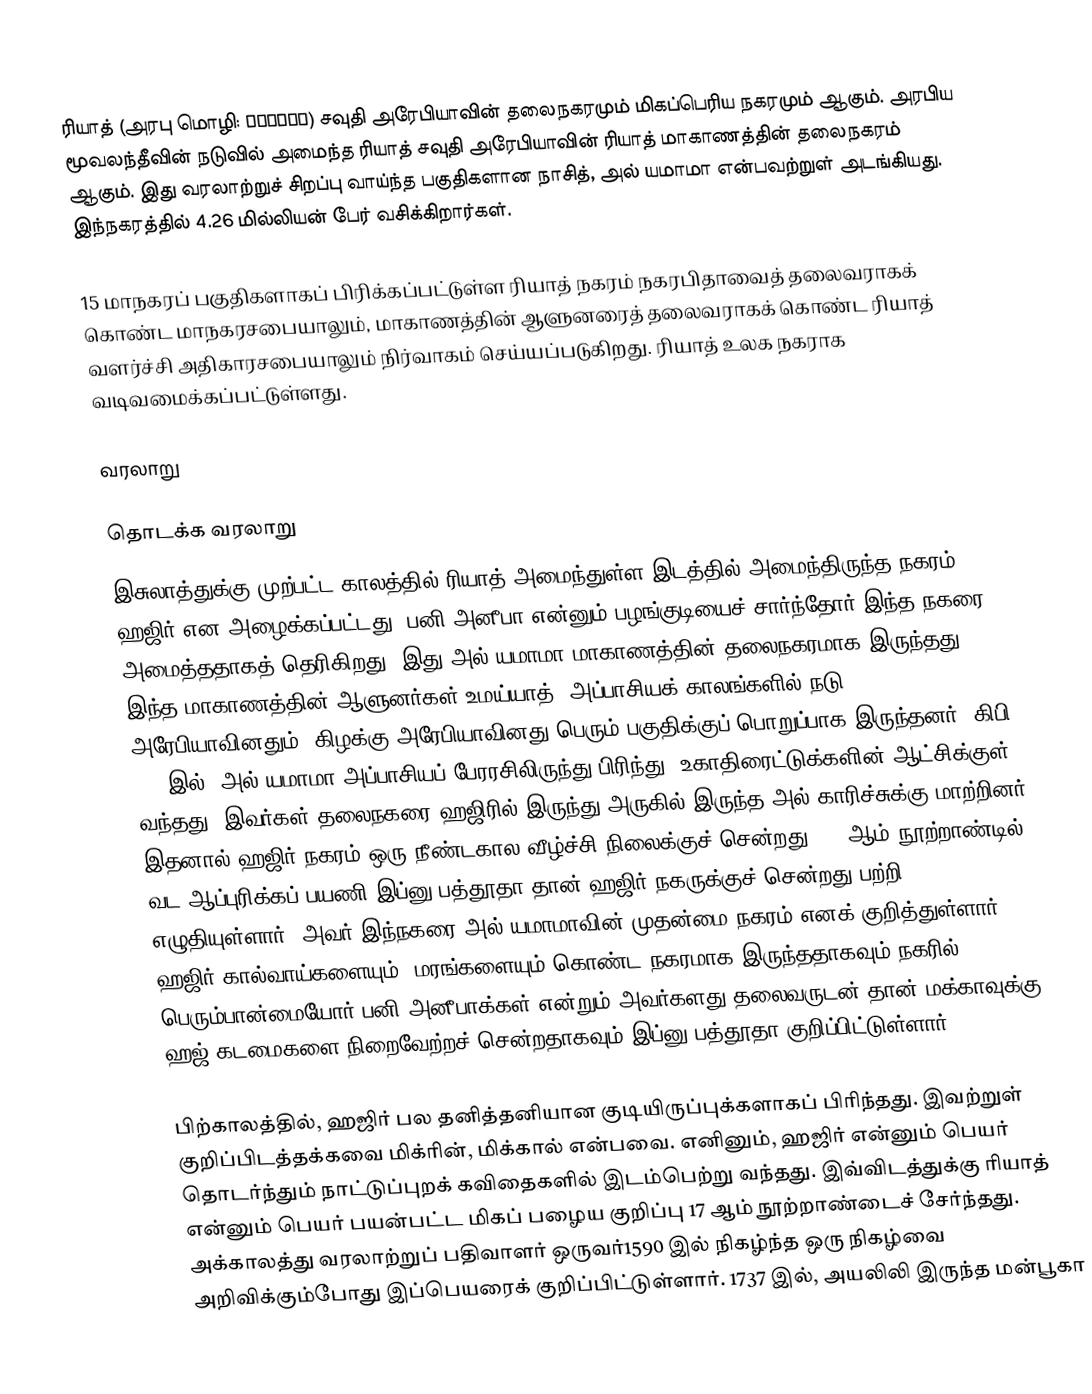
ரியாத் (அரபு மொழி: الرياض) சவுதி அரேபியாவின் தலைநகரமும் மிகப்பெரிய நகரமும் ஆகும். அரபிய மூவலந்தீவின் நடுவில் அமைந்த ரியாத் சவுதி அரேபியாவின் ரியாத் மாகாணத்தின் தலைநகரம் ஆகும். இது வரலாற்றுச் சிறப்பு வாய்ந்த பகுதிகளான நாசித், அல் யமாமா என்பவற்றுள் அடங்கியது. இந்நகரத்தில் 4.26 மில்லியன் பேர் வசிக்கிறார்கள்.

15 மாநகரப் பகுதிகளாகப் பிரிக்கப்பட்டுள்ள ரியாத் நகரம் நகரபிதாவைத் தலைவராகக் கொண்ட மாநகரசபையாலும், மாகாணத்தின் ஆளுனரைத் தலைவராகக் கொண்ட ரியாத் வளர்ச்சி அதிகாரசபையாலும் நிர்வாகம் செய்யப்படுகிறது. ரியாத் உலக நகராக வடிவமைக்கப்பட்டுள்ளது.

வரலாறு

தொடக்க வரலாறு
இசுலாத்துக்கு முற்பட்ட காலத்தில் ரியாத் அமைந்துள்ள இடத்தில் அமைந்திருந்த நகரம் ஹஜிர் என அழைக்கப்பட்டது. பனி அனீபா என்னும் பழங்குடியைச் சார்ந்தோர் இந்த நகரை அமைத்ததாகத் தெரிகிறது. இது அல் யமாமா மாகாணத்தின் தலைநகரமாக இருந்தது. இந்த மாகாணத்தின் ஆளுனர்கள் உமய்யாத், அப்பாசியக் காலங்களில் நடு அரேபியாவினதும், கிழக்கு அரேபியாவினது பெரும் பகுதிக்குப் பொறுப்பாக இருந்தனர். கிபி 866 இல், அல் யமாமா அப்பாசியப் பேரரசிலிருந்து பிரிந்து, உகாதிரைட்டுக்களின் ஆட்சிக்குள் வந்தது. இவர்கள் தலைநகரை ஹஜிரில் இருந்து அருகில் இருந்த அல் காரிச்சுக்கு மாற்றினர். இதனால் ஹஜிர் நகரம் ஒரு நீண்டகால வீழ்ச்சி நிலைக்குச் சென்றது. 14 ஆம் நூற்றாண்டில் வட ஆப்புரிக்கப் பயணி இப்னு பத்தூதா தான் ஹஜிர் நகருக்குச் சென்றது பற்றி எழுதியுள்ளார். அவர் இந்நகரை அல் யமாமாவின் முதன்மை நகரம் எனக் குறித்துள்ளார். ஹஜிர் கால்வாய்களையும், மரங்களையும் கொண்ட நகரமாக இருந்ததாகவும் நகரில் பெரும்பான்மையோர் பனி அனீபாக்கள் என்றும் அவர்களது தலைவருடன் தான் மக்காவுக்கு ஹஜ் கடமைகளை நிறைவேற்றச் சென்றதாகவும் இப்னு பத்தூதா குறிப்பிட்டுள்ளார்.

பிற்காலத்தில், ஹஜிர் பல தனித்தனியான குடியிருப்புக்களாகப் பிரிந்தது. இவற்றுள் குறிப்பிடத்தக்கவை மிக்ரின், மிக்கால் என்பவை. எனினும், ஹஜிர் என்னும் பெயர் தொடர்ந்தும் நாட்டுப்புறக் கவிதைகளில் இடம்பெற்று வந்தது. இவ்விடத்துக்கு ரியாத் என்னும் பெயர் பயன்பட்ட மிகப் பழைய குறிப்பு 17 ஆம் நூற்றாண்டைச் சேர்ந்தது. அக்காலத்து வரலாற்றுப் பதிவாளர் ஒருவர்1590 இல் நிகழ்ந்த ஒரு நிகழ்வை அறிவிக்கும்போது இப்பெயரைக் குறிப்பிட்டுள்ளார். 1737 இல், அயலிலி இருந்த மன்பூகா